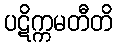
ပဋိက္ကမတီတိ